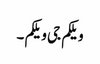
ویلکم جی ویلکم ۔